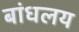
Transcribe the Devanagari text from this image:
बांधलय